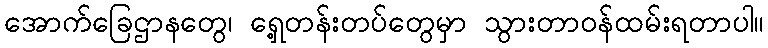
အောက်ခြေဌာနတွေ၊ ရှေ့တန်းတပ်တွေမှာ သွားတာဝန်ထမ်းရတာပါ။